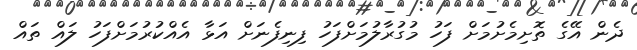
ދެން އޭގެ ތޮށިމެށުމަށް ފަހު މުގުރާލުމަށްފަހު ފިނިފެނަށް އަޅާ އެއްކުރުމަށްފަހު ލައް ތައް